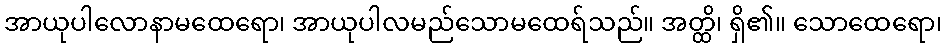
အာယုပါလောနာမထေရော၊ အာယုပါလမည်သောမထေရ်သည်။ အတ္ထိ၊ ရှိ၏။ သောထေရော၊